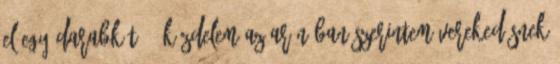
el egy darabkát. – Küzdelem az arénában szerintem verekedésnek